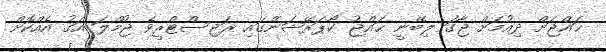
ޙައްޖަށް ދިއުމަށް ޖާގަ ލިބޭނީ ޙައްޖު ކޯޕަރޭޝަންގައި ރަޖިސްޓްރީވެ ޖުމްލަ އަގު އެއްކޮށް